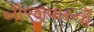
બીજીવારની